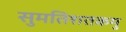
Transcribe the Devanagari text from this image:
सुमतिशतकमु